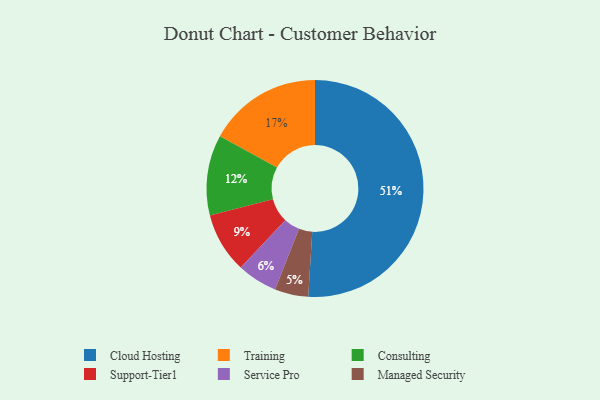
{"axis": {"x": "Category", "y": "Percentage"}, "legend": ["Cloud Hosting", "Consulting", "Managed Security", "Service Pro", "Support-Tier1", "Training"], "data": [{"x": "Consulting", "y": 12, "type": "Consulting"}, {"x": "Service Pro", "y": 6, "type": "Service Pro"}, {"x": "Support-Tier1", "y": 9, "type": "Support-Tier1"}, {"x": "Training", "y": 17, "type": "Training"}, {"x": "Managed Security", "y": 5, "type": "Managed Security"}, {"x": "Cloud Hosting", "y": 51, "type": "Cloud Hosting"}]}